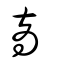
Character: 啇